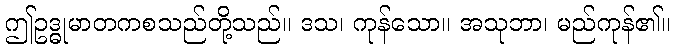
ဤဥဒ္ဓုမာတကစသည်တို့သည်။ ဒသ၊ ကုန်သော။ အသုဘာ၊ မည်ကုန်၏။